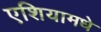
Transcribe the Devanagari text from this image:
एशियामधे